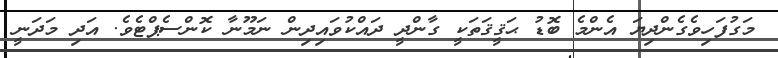
މަގުފަހިވެގެންދިޔަ އެންމެ ބޮޑު ޙަޤީޤަތަކީ ގާންދީ ދައްކުވައިދިން ނަމޫނާ ކޮންސެޕްޓެވެ. އަދި މަދަނީ